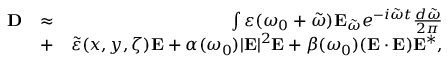
\begin{array} { r l r } { { \bf D } } & { \approx } & { \int \varepsilon ( \omega _ { 0 } + \tilde { \omega } ) { \bf E } _ { \tilde { \omega } } e ^ { - i \tilde { \omega } t } \frac { d \tilde { \omega } } { 2 \pi } } \\ & { + } & { \tilde { \varepsilon } ( x , y , \zeta ) { \bf E } + \alpha ( \omega _ { 0 } ) | { \bf E } | ^ { 2 } { \bf E } + \beta ( \omega _ { 0 } ) ( { \bf E } \cdot { \bf E } ) { \bf E } ^ { * } , } \end{array}